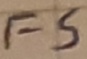
Text: FS